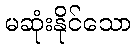
မဆုံးနိုင်သော